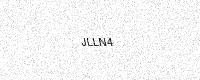
Text: JLLN4